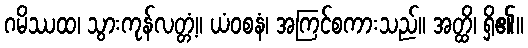
ဂမိဿထ၊ သွားကုန်လတ္တံ့။ ယံဝစနံ၊ အကြင်စကားသည်။ အတ္ထိ၊ ရှိ၏။